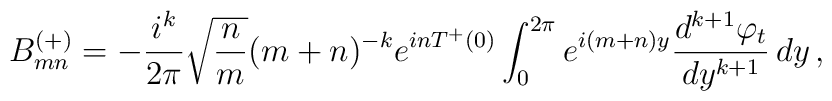
B^{(+)}_{mn}= - {i^k\over2\pi}\sqrt{{n\over m}}(m+n)^{-k}e^{inT^+(0)}\int_{0}^{2\pi}e^{i(m+n)y} {d^{k+1}\varphi_t\over dy^{k+1}}\, dy  \,  ,